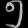
Digit: ၅